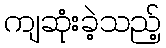
ကျဆုံးခဲ့သည့်